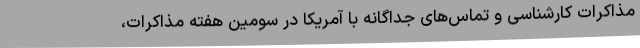
مذاکرات کارشناسی و تماس‌های جداگانه با آمریکا در سومین هفته مذاکرات،